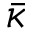
\bar { \kappa }